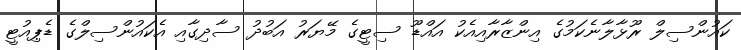
ކައުންސިލް ރޫޅާލާނެކަމުގެ އިންޒާރާއިއެކު އައްޑޫ ސިޓީގެ މޭޔަރު އަބުދު ސާދިގާއި އެކައުންސިލްގެ ޑެޕިއުޓީ